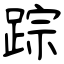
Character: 踪